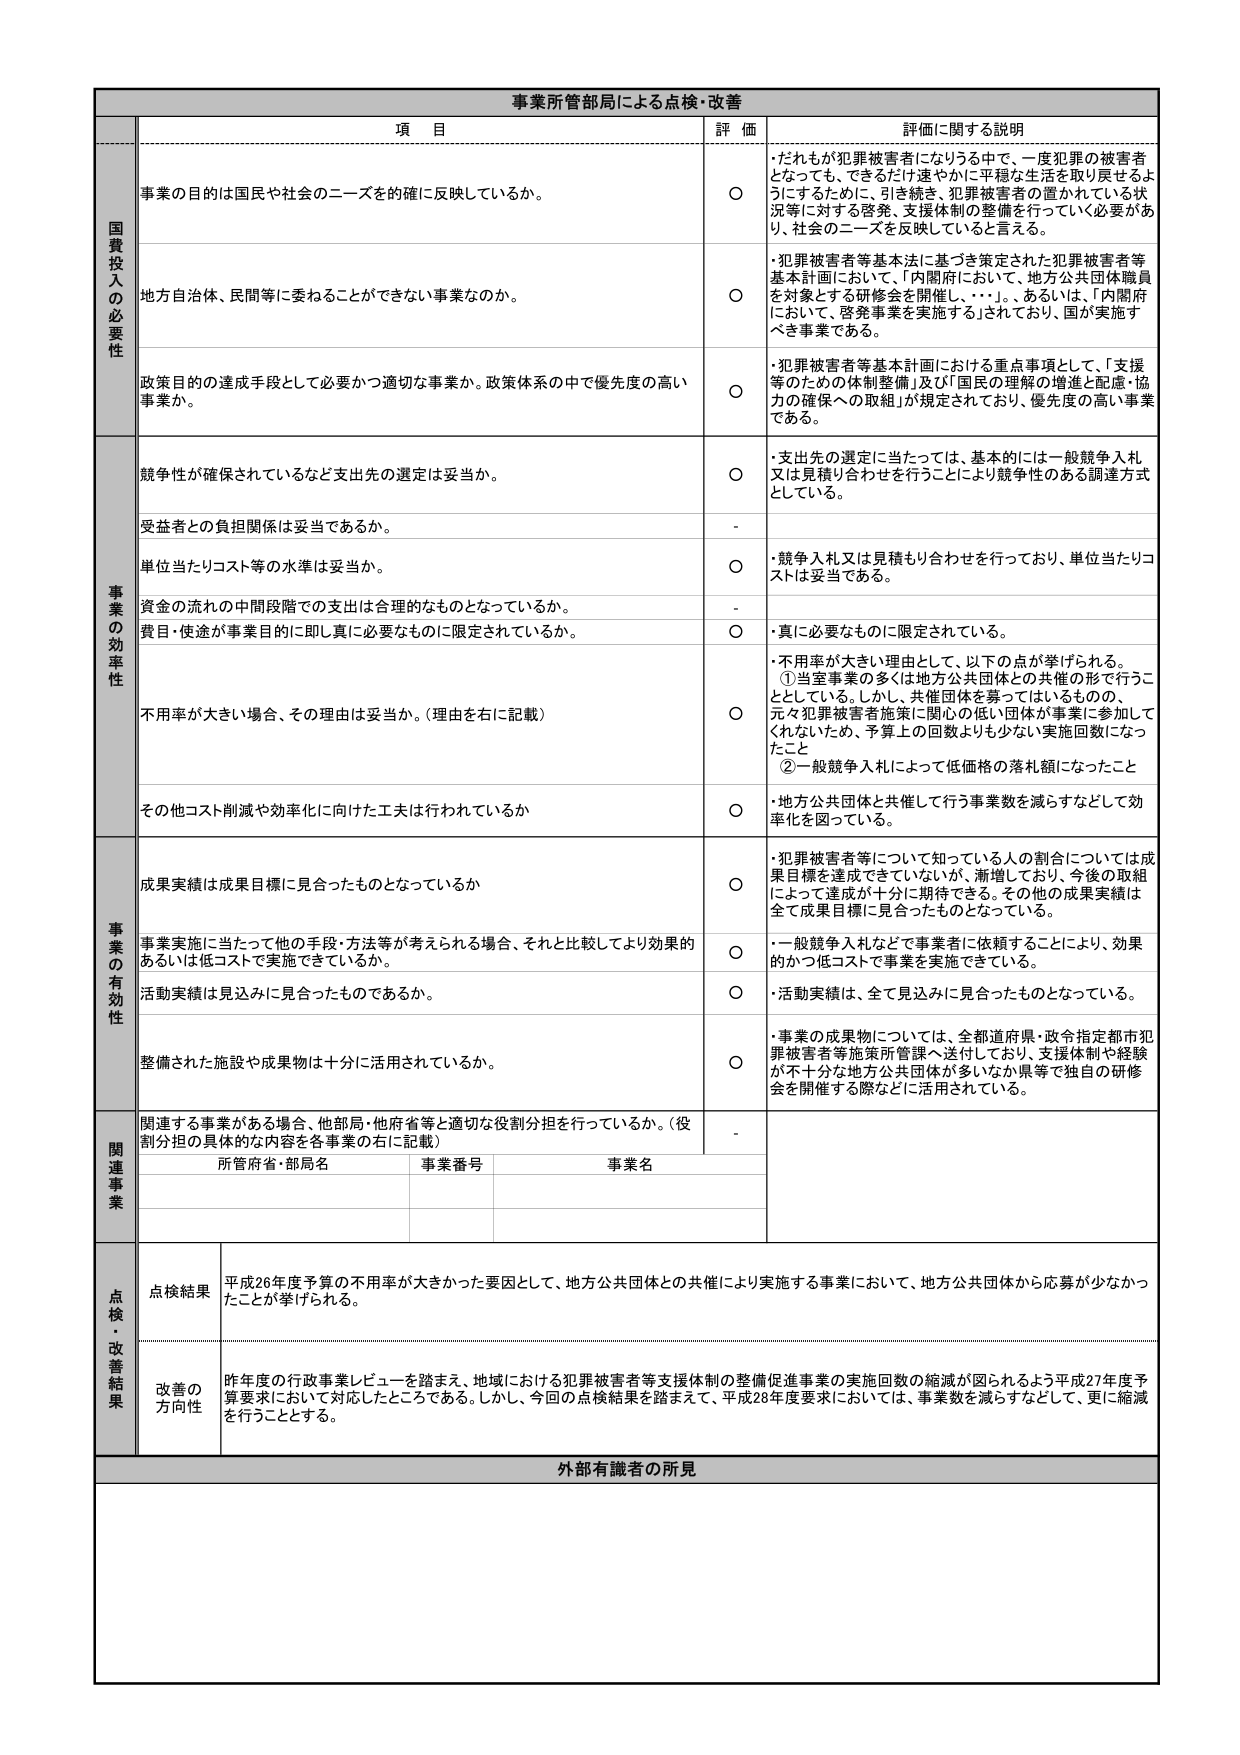
事業所管部局による点検・改善

項 目 評 価 評価に関する説明

国費投入の必要性
事業の目的は国民や社会のニーズを的確に反映しているか。
○ ・だれもが犯罪被害者になりうる中で、一度犯罪の被害者となっても、できるだけ速やかに平穏な生活を取り戻せるようにするために、引き続き、犯罪被害者の置かれている状況等に対する啓発、支援体制の整備を行っていく必要があり、社会のニーズを反映していると言える。

地方自治体、民間等に委ねることができない事業なのか。
○ ・犯罪被害者等基本法に基づき策定された犯罪被害者等基本計画において、「内閣府において、地方公共団体職員を対象とする研修会を開催し、・・・」、あるいは、「内閣府において、啓発事業を実施する」されており、国が実施すべき事業である。

政策目的の達成手段として必要かつ適切な事業か。政策体系の中で優先度の高い事業か。
○ ・犯罪被害者等基本計画における重点事項として、「支援等のための体制整備」及び「国民の理解の増進と配慮・協力の確保への取組」が規定されており、優先度の高い事業である。

事業の効率性
競争性が確保されているなど支出先の選定は妥当か。
○ ・支出先の選定に当たっては、基本的には一般競争入札又は見積り合わせを行うことにより競争性のある調達方式としている。

受益者との負担関係は妥当であるか。
-

単位当たりコスト等の水準は妥当か。
○ ・競争入札又は見積もり合わせを行っており、単位当たりコストは妥当である。

資金の流れの中間段階での支出は合理的なものとなっているか。
-

費目・使途が事業目的に即し真に必要なものに限定されているか。
○ ・真に必要なものに限定されている。

不用率が大きい場合、その理由は妥当か。（理由を右に記載）
○ ・不用率が大きい理由として、以下の点が挙げられる。
①当室事業の多くは地方公共団体との共催の形で行うこととしている。しかし、共催団体を募ってはいるものの、元々犯罪被害者施策に関心の低い団体が事業に参加してくれないため、予算上の回数よりも少ない実施回数になったこと
②一般競争入札によって低価格の落札額になったこと

その他コスト削減や効率化に向けた工夫は行われているか
○ ・地方公共団体と共催して行う事業数を減らすなどして効率化を図っている。

事業の有効性
成果実績は成果目標に見合ったものとなっているか
○ ・犯罪被害者等について知っている人の割合については成果目標を達成できていないが、漸増しており、今後の取組によって達成が十分に期待できる。その他の成果実績は全て成果目標に見合ったものとなっている。

事業実施に当たって他の手段・方法等が考えられる場合、それと比較してより効果的あるいは低コストで実施できているか。
○ ・一般競争入札などで事業者に依頼することにより、効果的かつ低コストで事業を実施できている。

活動実績は見込みに見合ったものであるか。
○ ・活動実績は、全て見込みに見合ったものとなっている。

整備された施設や成果物は十分に活用されているか。
○ ・事業の成果物については、全都道府県・政令指定都市犯罪被害者等施策所管課へ送付しており、支援体制や経験が不十分な地方公共団体が多いなか県等で独自の研修会を開催する際などに活用されている。

関連事業
関連する事業がある場合、他部局・他府省等と適切な役割分担を行っているか。（役割分担の具体的な内容を各事業の右に記載）
-
所管府省・部局名 事業番号 事業名

点検・改善結果
点検結果 平成26年度予算の不用率が大きかった要因として、地方公共団体との共催により実施する事業において、地方公共団体から応募が少なかったことが挙げられる。

改善の方向性 昨年度の行政事業レビューを踏まえ、地域における犯罪被害者等支援体制の整備促進事業の実施回数の縮減が図られるよう平成27年度予算要求において対応したところである。しかし、今回の点検結果を踏まえて、平成28年度要求においては、事業数を減らすなどして、更に縮減を行うこととする。

外部有識者の所見